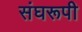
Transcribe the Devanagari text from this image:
संघरूपी